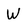
Character: W